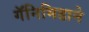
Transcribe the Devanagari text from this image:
गॅनिमिडाने